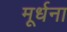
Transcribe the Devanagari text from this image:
मूर्धना